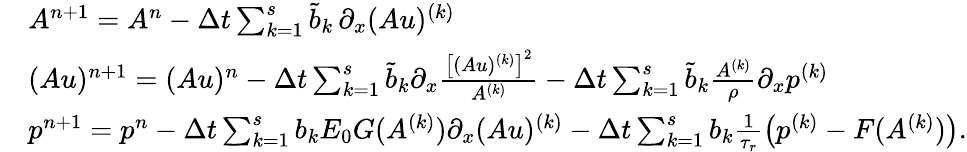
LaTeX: \begin{array}{rl}&{A^{n+1}=A^{n}-\Delta t\sum_{k=1}^{s}\tilde{b}_{k}\, \partial_{x}(Au)^{(k)}}\\ &{(Au)^{n+1}=(Au)^{n}-\Delta t\sum_{k=1}^{s}\tilde{b}_{k}\partial_{x}\frac{\left[(Au)^{(k)}\right]^{2}}{A^{(k)}}-\Delta t\sum_{k=1}^{s}\tilde{b}_{k}\frac{A^{(k)}}{\rho}\partial_{x}p^{(k)}}\\ &{p^{n+1}=p^{n}-\Delta t\sum_{k=1}^{s}b_{k}E_{0}G(A^{(k)})\partial_{x}(Au)^{(k)}-\Delta t\sum_{k=1}^{s}b_{k}\frac{1}{\tau_{r}}\left(p^{(k)}-F(A^{(k)})\right).}\end{array}